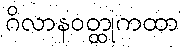
ဂိလာနဝတ္ထုကထာ